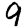
Digit: 9